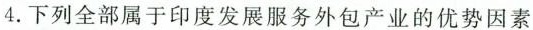
4.下列全部属于印度发展服务外包产业的优势因素